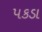
પકડા